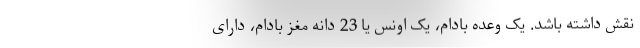
نقش داشته باشد. یک وعده بادام، یک اونس یا 23 دانه مغز بادام، دارای